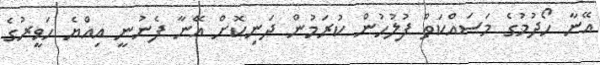
އޭނާ ހޯދުމުގެ މަސައްކަތް ފުލުހުން ކުރަމުން ދަނިކޮށް އޭނާ ފެނުނީ އިއްޔެ ހަވީރުގެ